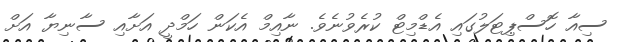
ސިއާ ހޮސްޕިޓަލުގައި އެޑްމިޓް ކުރެވުނެވެ. ނާއިމް އެކަން ހަމްދީ އަށާއި ސާނިޔާ އަށް